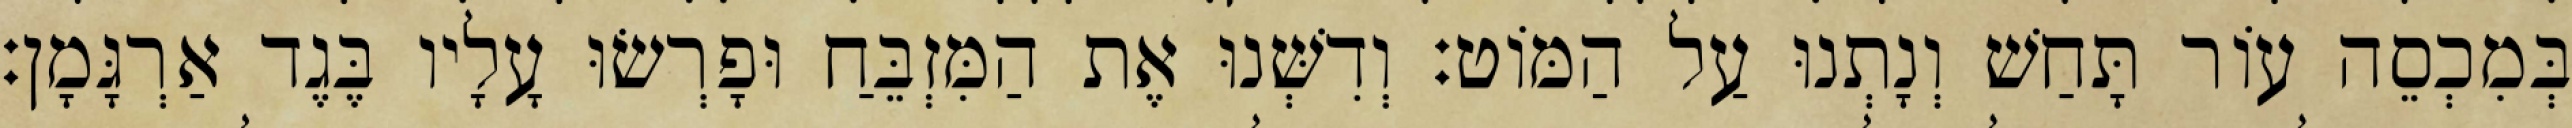
בְּמִכְסֵה עוֹר תָּחַשׁ וְנָתְנוּ עַל הַמּוֹט׃ וְדִשְּׁנוּ אֶת הַמִּזְבֵּחַ וּפָרְשׂוּ עָלָיו בֶּגֶד אַרְגָּמָן׃